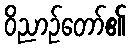
ဝိညာဉ်တော်၏